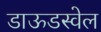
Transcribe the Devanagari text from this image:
डाऊडस्वेल